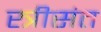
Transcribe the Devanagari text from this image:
स्त्रीसंत